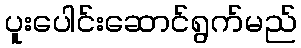
ပူးပေါင်းဆောင်ရွက်မည်